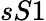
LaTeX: sS1